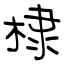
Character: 棣